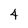
Character: 4